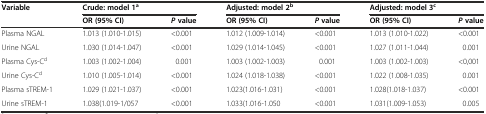
| <ROWSPAN=2> Variable | <COLSPAN=2> Crude: model 1a | <COLSPAN=2> Adjusted: model 2b | <COLSPAN=2> Adjusted: model 3c |
 | OR (95% CI) | Pvalue | OR (95% CI) | Pvalue | OR (95% CI) | Pvalue |
 | --- | --- | --- | --- | --- | --- | --- |
 | Plasma NGAL | 1.013 (1.010-1.015) | <0.001 | 1.012 (1.009-1.014) | <0.001 | 1.013 (1.010-1.022) | <0.001 |
 | Urine NGAL | 1.030 (1.014-1.047) | <0.001 | 1.029 (1.014-1.045) | <0.001 | 1.027 (1.011-1.044) | 0.001 |
 | Plasma Cys-Cd | 1.003 (1.002-1.004) | 0.001 | 1.003 (1.002-1.003) | 0.001 | 1.003 (1.002-1.003) | <0,001 |
 | Urine Cys-Cd | 1.010 (1.005-1.014) | <0.001 | 1.024 (1.018-1.038) | <0.001 | 1.022 (1.008-1.035) | 0.001 |
 | Plasma sTREM-1 | 1.029 (1.021-1.037) | <0.001 | 1.023(1.016-1.031) | <0.001 | 1.028(1.018-1.037) | <0.001 |
 | Urine sTREM-1 | 1.038(1.019-1/057 | <0.001 | 1.033(1.016-1.050 | <0.001 | 1.031(1.009-1.053) | 0.005 |